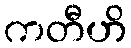
ကတီဟိ